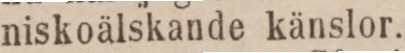
niskoälskande känslor.